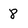
Character: 8